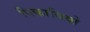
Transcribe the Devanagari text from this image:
पिकाबियो